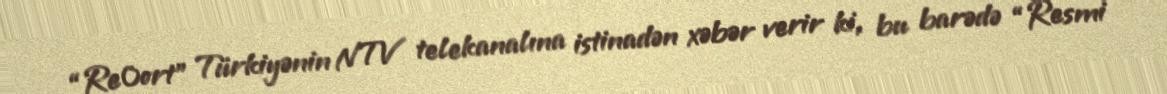
“Re0ort” Türkiyənin NTV telekanalına istinadən xəbər verir ki, bu barədə “Resmi